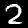
Label: 2